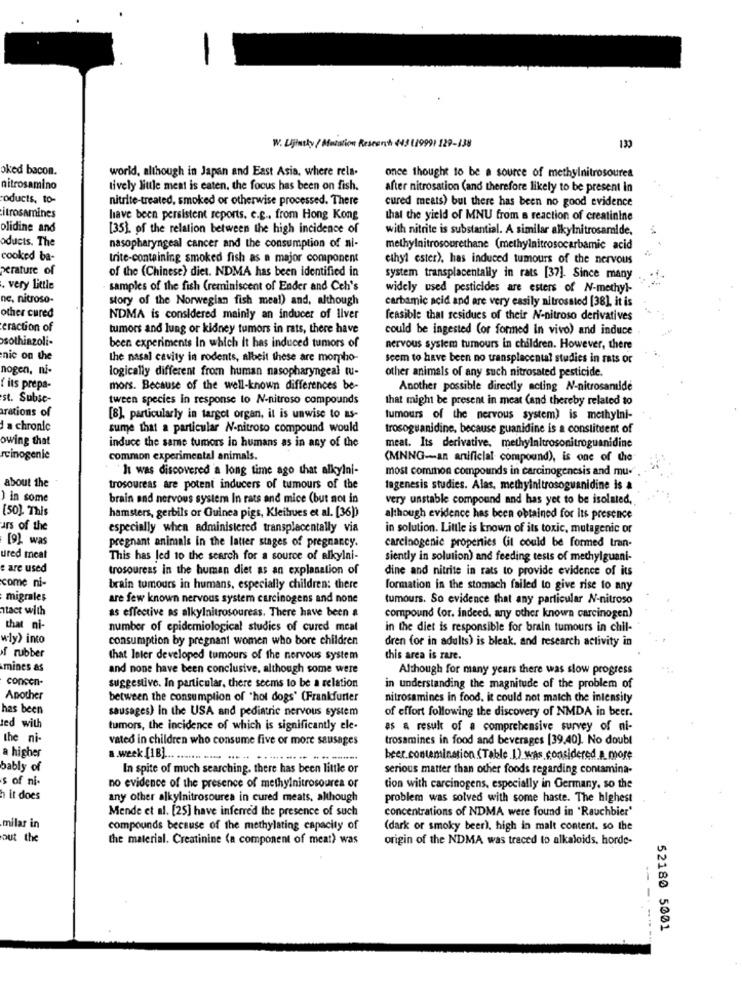
W. Ujtutky/ Mutation Research 443 119991 129-138
oked bacon.
world, although in Japan and East Asia, where rela-
once thought to be a source of methylnitrosoures
nitrosamino
tively liule ment is eaten. the focus has been on fish.
after nitrosation (and therefore likely to be present in
roducts, to-
nitrite-treated, smoked or otherwise processed. There
cured meats) but there has been no good evidence
itrosamines
have been persistent reports. e.g ., from Hong Kong
that the yield of MNU from a reaction of creatinine
olidine and
[35), of the relation between the high incidence of
with nitrite is substantial. A similar alkylnitrosamide.
oducts. The
nasopharyngeal cancer and the consumption of nl-
methylnitrosourethane (methylnitrosocarbamic acid
cooked ba-
trite-containing smoked fish as a major component
ethyl ester), has induced tumours of the nervous
perature of
of the (Chinese) diet. NDMA has been identified in
system transplacentally in rats [37]. Since many
. very little
samples of the fish (reminiscent of Ender and Ceh's
widely used pesticides are esters of N-methyl-
ne, nitroso-
story of the Norwegian fish meal) and, although
carbamic acid and are very easily nitrossted [38], it is
other cured
NDMA is considered mainly an inducer of liver
feasible that residues of their N-nitroso derivatives
eraction of
tumors and lung or kidney tumors in rats, there have
could be ingested (or formed in vivo) and induce
sothinzoli-
been experiments In which it has induced tumors of
nervous system tumours in children. However, there
nic on the
the nasal cavity in rodents, albeit these are morpho-
seem to have been no transplacental studies in rats or
nogen, ni-
logically different from human nasopharyngeal tu-
other animals of any such nitrosated pesticide.
{ its prepa-
mors. Because of the well-known differences be-
Another possible directly acting N-nitrosamide
st. Subsc-
tween species in response to N-nitroso compounds
that might be present in meat (and thereby related to
arations of
[8], particularly in target organ, it is unwise to as-
tumours of the nervous system) is methylni-
a chronic
summe that a particular N-nitroso compound would
trosoguanidine, because guanidine is a constituent of
owing that
induce the same tumors in humans as in any of the
meat. Its derivative, methylnitrosonitroguanidine
rcinogenie
common experimental animals.
(MNNG-an artificial compound), is one of the
It was discovered a long time ago that alkylni-
most common compounds in carcinogenesis and mu-
about the
trosoureas are potent inducers of tumours of the
tagenesis studies. Alas, methylnitrosoguanidine is a
) in some
brain and nervous system In rats and mice (but not in
very unstable compound and has yet to be isolated,
[50) This
hamsters, gerbils or Guinea pigs, Kleihues et al. [36))
although evidence has been obtained for Its presence
ars of the
especially when administered transplacentally via
in solution. Little is known of its toxic, mutagenic or
[9] was
pregnant animals in the latter stages of pregnancy.
carcinogenic properties (it could be formed tran-
ured meat
This has led 10 the search for a source of alkylni-
siently in solution) and feeding tests of methylguani-
: are used
trosoureas in the human diet as an explanation of
dine and nitrite in rats to provide evidence of its
come ni-
brain tumours in humans, especially children: there
formation in the stomach failed to give rise to any
migrales
are few known nervous system carcinogens and none
tumours. So evidence that any particular N-nitroso
ntact with
as effective as alkylnitrosoureas. There have been a
compound (or. indeed, any other known carcinogen)
that ni-
number of epidemiological studies of cured meal
in the diet is responsible for brain tumours in chil-
wly> into
consumption by pregnant women who bore children
dren for in adults) is bleak, and research activity in
if rubber
that leter developed tumours of the nervous system
this area is rare.
mines as
and none have been conclusive, although some were
Although for many years there was slow progress
concen-
suggestive. In particular, there seems to be a relation
in understanding the magnitude of the problem of
Another
between the consumption of "hot dogs" (Frankfurter
nitrosamines in food. it could not match the intensity
has been
sausages) in the USA and pediatric nervous system
of effort following the discovery of NMDA in beer.
ted with
tumors, the incidence of which is significantly ele-
es a result of a comprehensive survey of ni-
the ni-
vated in children who consume five or more sausages
trosamines in food and beverages [39,40). No doubt
a higher
a week [1B) ............... ... .. ......... .. .... .......
beer.contamination (Table .1). was considered.a. more
bably of
In spite of much searching. there has been little or
serious matter than other foods regarding contamina-
s of ni-
no evidence of the presence of methylnitrosourea or
tion with carcinogens, especially in Germany, so the
h it does
any other alkylnitrosourea in cured meats, although
problem was solved with some haste. The highest
Mende et al. [25] have inferred the presence of such
concentrations of NDMA were found in "Rauchbier'
milar in
compounds because of the methylating capacity of
(dark or smoky beer), high in malt content. so the
out the
the material. Creatinine (a component of meat) was
origin of the NDMA was traced to alkaloids. horde-
-- -
52180 5001